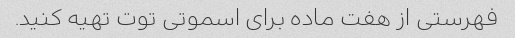
فهرستی از هفت ماده برای اسموتی توت تهیه کنید.